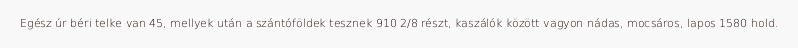
Egész úr béri telke van 45, mellyek után a szántóföldek tesznek 910 2/8 részt, kaszálók között vagyon nádas, mocsáros, lapos 1580 hold.